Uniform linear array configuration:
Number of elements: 8
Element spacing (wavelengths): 0.5
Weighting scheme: kaiser
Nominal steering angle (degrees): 30
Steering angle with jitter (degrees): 28.293
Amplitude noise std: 0.05
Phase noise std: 0.05

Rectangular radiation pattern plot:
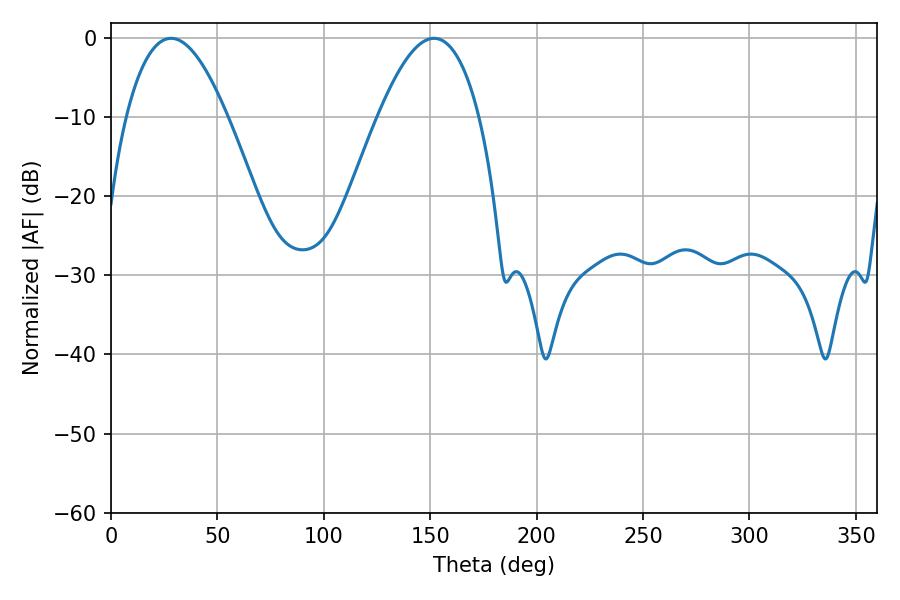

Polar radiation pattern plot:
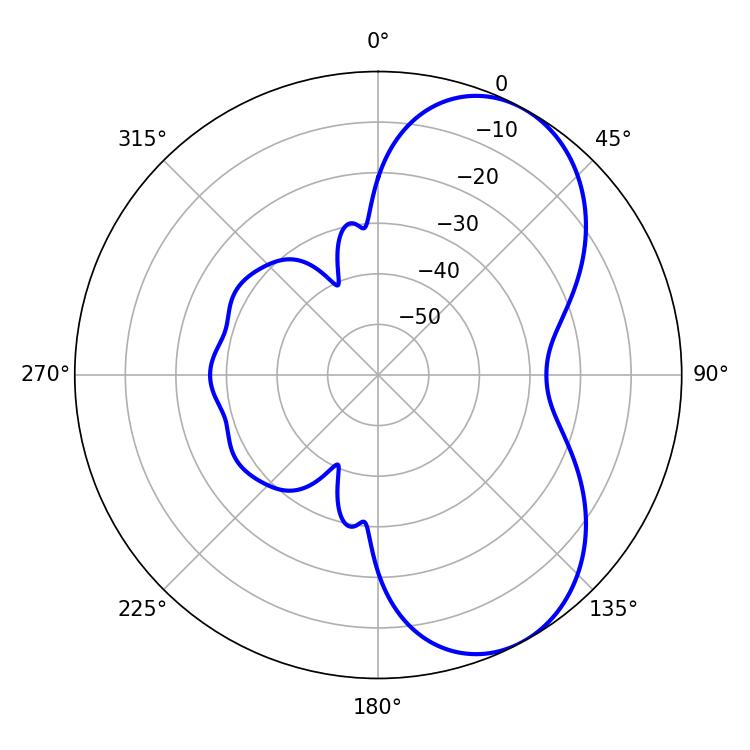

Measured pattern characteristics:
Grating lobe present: FALSE
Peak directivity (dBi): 6.2
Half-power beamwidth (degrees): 26.1
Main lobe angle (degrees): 28.26